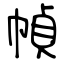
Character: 幀